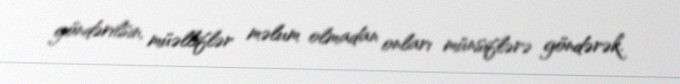
göndərilsin, müəlliflər məlum olmadan onları münsiflərə göndərək.